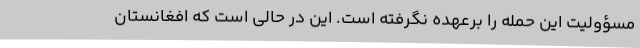
مسؤولیت این حمله را برعهده نگرفته است. این در حالی است که افغانستان